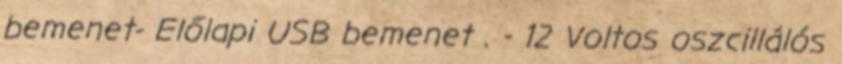
bemenet- Előlapi USB bemenet . - 12 Voltos oszcillálós